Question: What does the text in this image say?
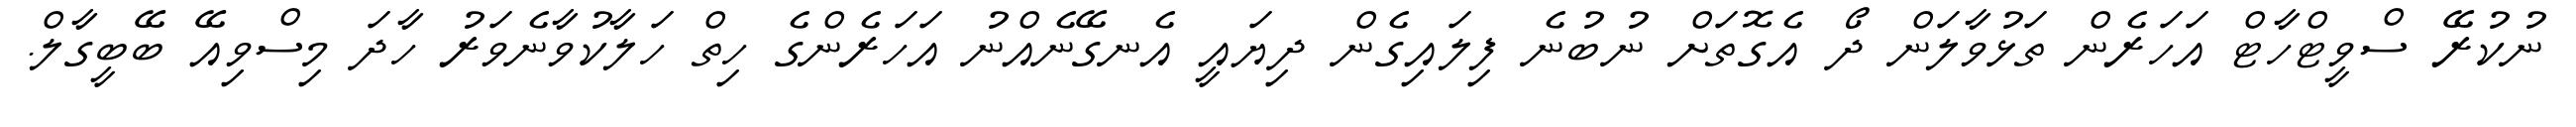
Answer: ނުކުރޭ ސްވީޓްހާޓް އަހަރެން ތަޅުވާލަން ދޯ އެގޮތަށް ނުބުނެ ފިލައިގެން ދިޔައީ އެނގޭނެއްނު އަހަރެންގެ ހިތް ހަލާކުވާނެވަރު ހާދަ މިސްވިއޭ ބޭބީގާލް.